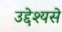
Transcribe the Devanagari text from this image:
उद्देश्यसे